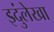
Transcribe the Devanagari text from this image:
इदुंलेखा